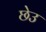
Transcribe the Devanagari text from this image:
छेउ